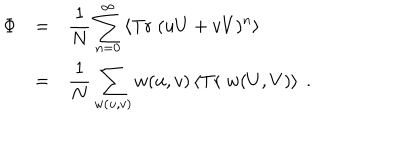
\begin{array} { r c l } { { \Phi } } & { { = } } & { { \displaystyle \frac { 1 } { N } \sum _ { n = 0 } ^ { \infty } \left\langle \mathrm { T r } \; ( u U + v V ) ^ { n } \right\rangle } } \\ { { } } & { { = } } & { { \displaystyle \frac { 1 } { N } \sum _ { w ( u , v ) } w ( u , v ) \left\langle \mathrm { T r } \; w ( U , V ) \right\rangle \ . } } \\ \end{array}